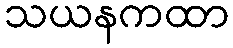
သယနကထာ